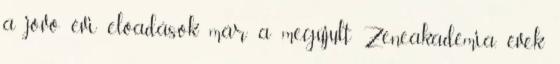
a jövő évi előadások már a megújult Zeneakadémia, évek